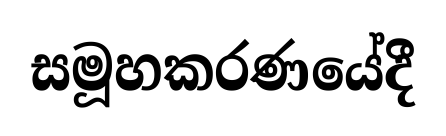
සමූහකරණයේදී